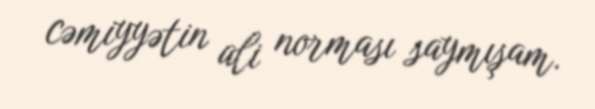
cəmiyyətin ali norması saymışam.